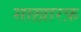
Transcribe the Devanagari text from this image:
साख़ारफ़